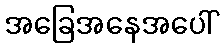
အခြေအနေအပေါ်